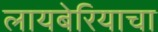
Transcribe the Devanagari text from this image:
लायबेरियाचा